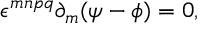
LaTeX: \epsilon ^ { m n p q } \partial _ { m } ( \psi - \phi ) = 0 ,